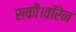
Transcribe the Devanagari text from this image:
सकी।वॉरेन